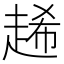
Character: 𧻶